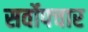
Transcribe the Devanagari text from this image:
सर्वोपचार